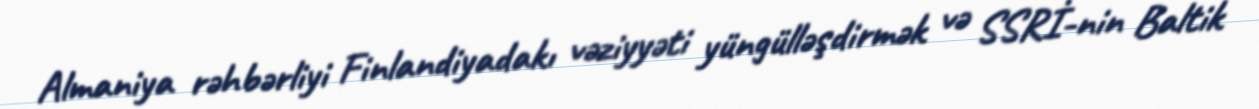
Almaniya rəhbərliyi Finlandiyadakı vəziyyəti yüngülləşdirmək və SSRİ-nin Baltik